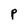
Character: P